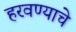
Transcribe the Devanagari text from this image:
हरवण्याचे